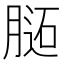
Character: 𰗊